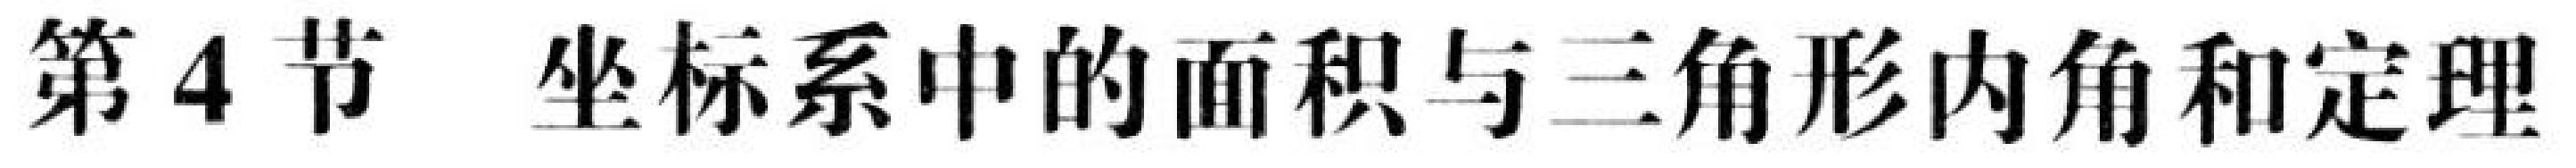
第4节 坐标系中的面积与三角形内角和定理